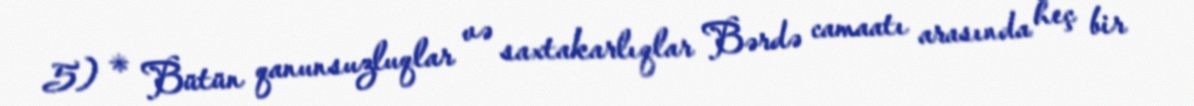
5) * Bütün qanunsuzluqlar və saxtakarlıqlar Bərdə camaatı arasında heç bir